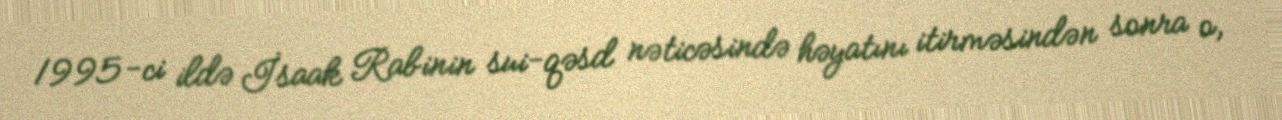
1995-ci ildə İsaak Rabinin sui-qəsd nəticəsində həyatını itirməsindən sonra o,